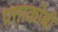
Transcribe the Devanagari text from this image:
पत्ताकोबी